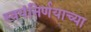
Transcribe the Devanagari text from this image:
स्वयंनिर्णयाच्या